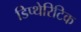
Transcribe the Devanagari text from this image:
डिप्थेरिटिक